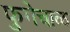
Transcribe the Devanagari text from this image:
फुगेचाळ